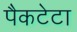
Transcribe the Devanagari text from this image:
पैकटेटा